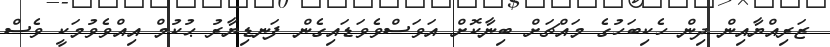
ޒަރިއްޔާއިން ދިން ހެކިބަހުގެ މައްޗަށް ބިނާކޮށް އަވަސްވެވަޑައިގެން ފަނޑިޔާރު ޙުކުމް އިއްވެވުމަކީ ވެސް